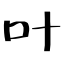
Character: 叶